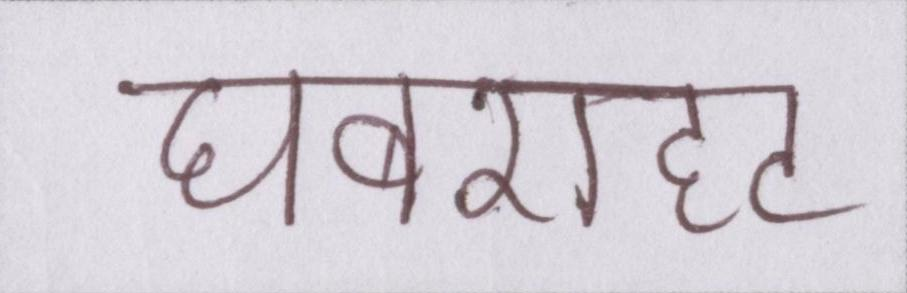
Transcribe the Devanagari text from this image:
घबराहट